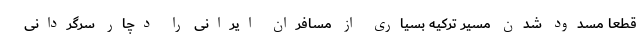
قطعا مسدود شدن مسیر ترکیه بسیاری از مسافران ایرانی را دچار سرگردانی